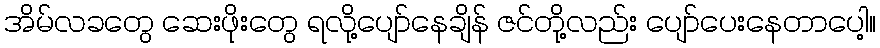
အိမ်လခတွေ ဆေးဖိုးတွေ ရလို့ပျော်နေချိန် ဇင်တို့လည်း ပျော်ပေးနေတာပေါ့။